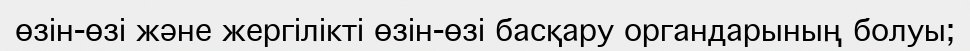
өзін-өзі және жергілікті өзін-өзі басқару органдарының болуы;